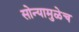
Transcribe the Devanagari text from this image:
सोन्यामुळेच